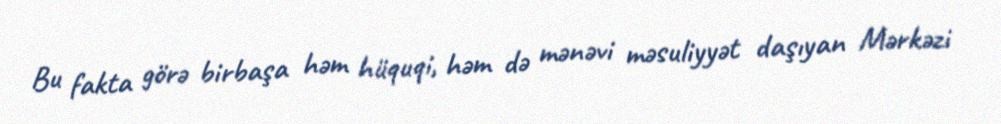
Bu fakta görə birbaşa həm hüquqi, həm də mənəvi məsuliyyət daşıyan Mərkəzi